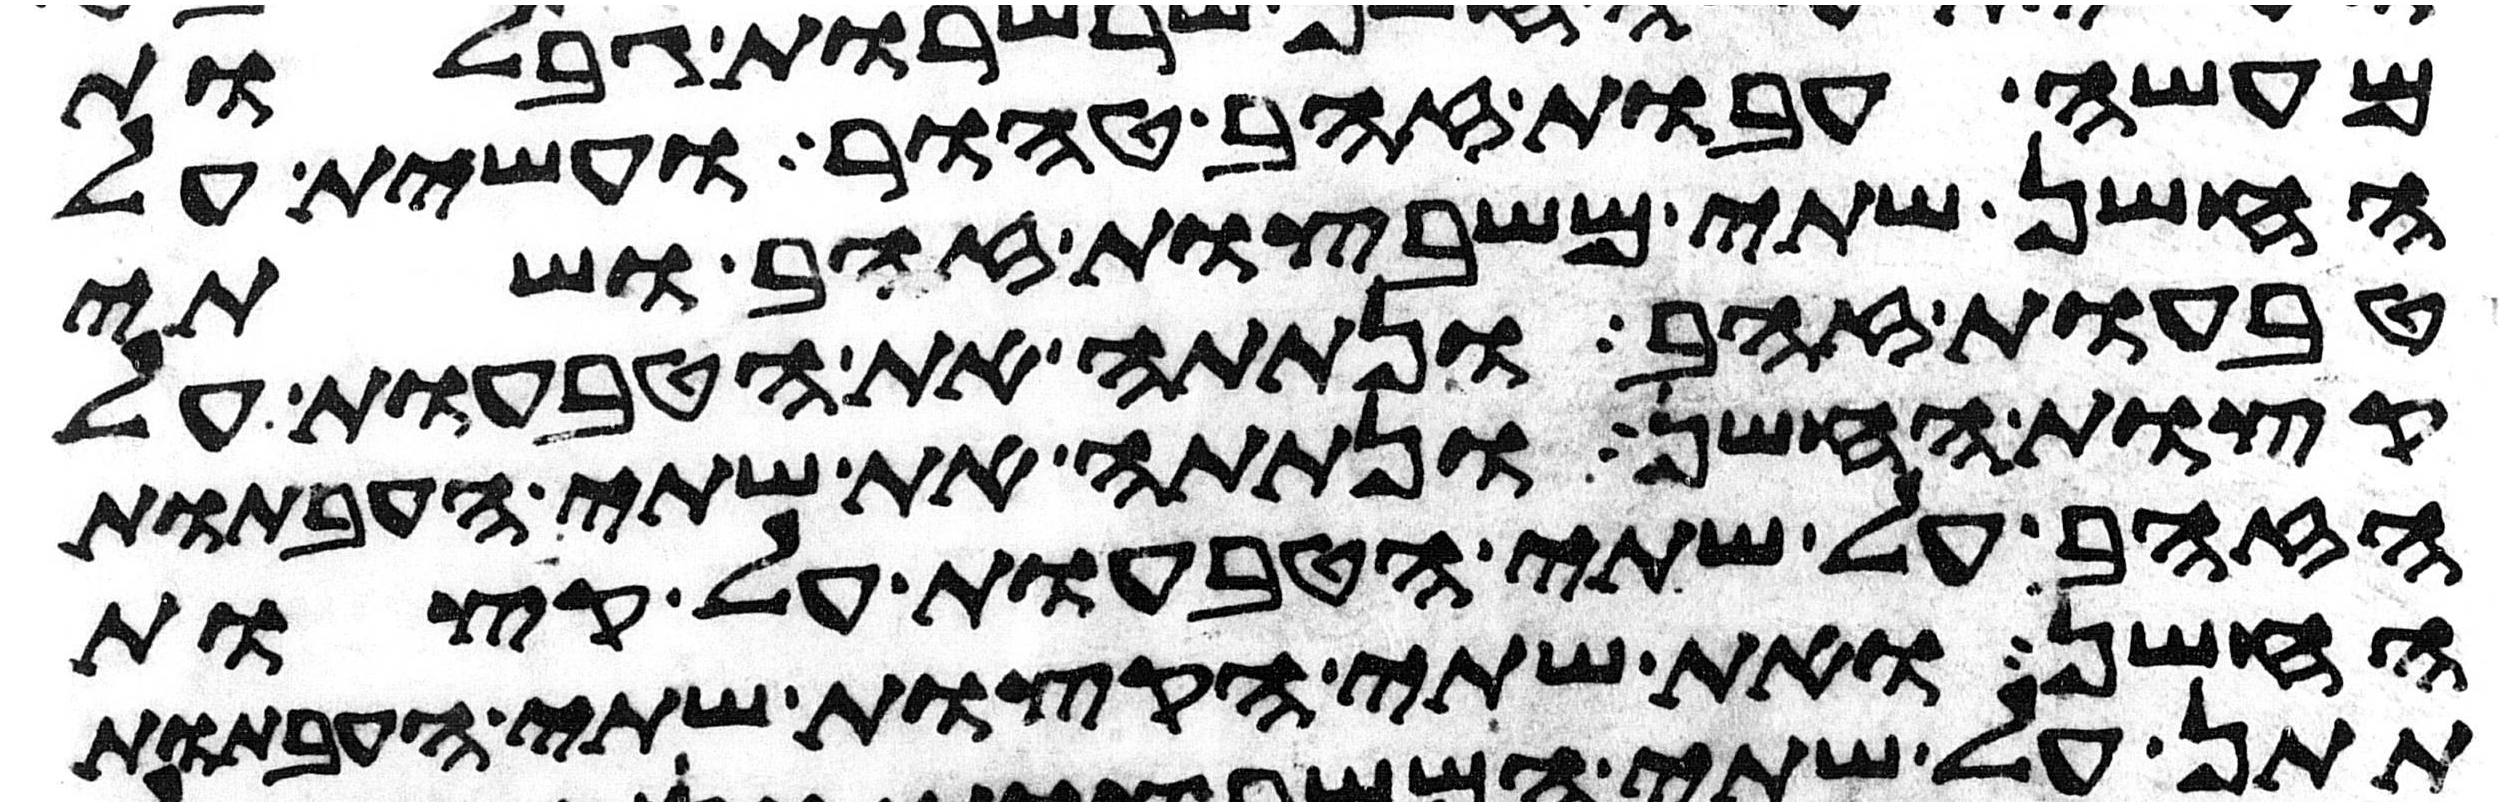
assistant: מעשה עבות זהב טהור ועשית על
החשן שתי משבצות זהב ושתי
טבעות זהב ונתתה את הטבעות על
קצות החשן ונתתה את שתי העבתות
הזהב על שתי הטבעות על קצות
החשן ואת שתי הקצות שתי העבתות